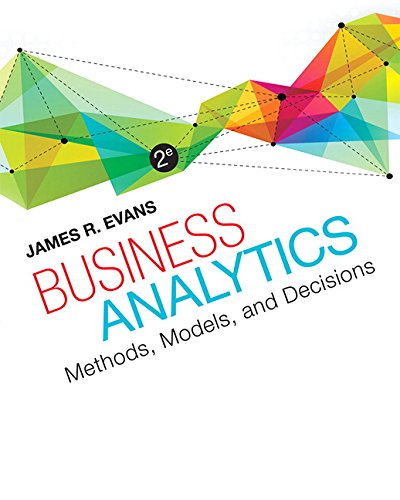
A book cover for Business Analytics (2nd Edition); James R. Evans; Science & Math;